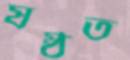
ষষ্ঠত